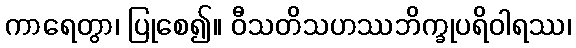
ကာရေတွာ၊ ပြုစေ၍။ ဝီသတိသဟဿဘိက္ခုပရိဝါရဿ၊